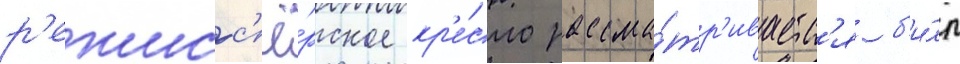
р'ежисс'ё́рское кр'е́сло рассма́тр'иваетс'я б'и́лл